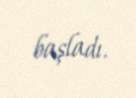
başladı.